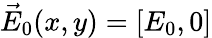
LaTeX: \vec{E}_{0}(x,y)=[E_{0},0]